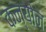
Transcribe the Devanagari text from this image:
कन्योन